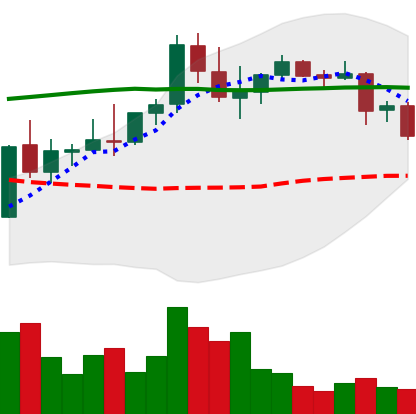
Ticker: DOGE-USD
Chart end date: 2021-08-26
Forward return: 3.549%
Label: up_3_5